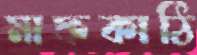
মাফকাঠি